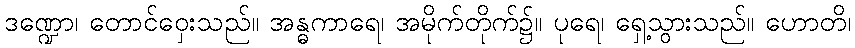
ဒဏ္ဍော၊ တောင်ဝှေးသည်။ အန္ဓကာရေ၊ အမိုက်တိုက်၌။ ပုရေ၊ ရှေ့သွားသည်။ ဟောတိ၊